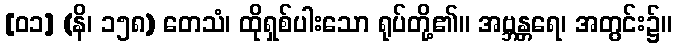
[၀၁] (နိ၊ ၁၅၈) တေသံ၊ ထိုရှစ်ပါးသော ရုပ်တို့၏။ အဗ္ဘန္တရေ၊ အတွင်း၌။